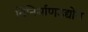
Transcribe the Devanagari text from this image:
विनिर्माणउद्योग